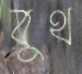
বুথ